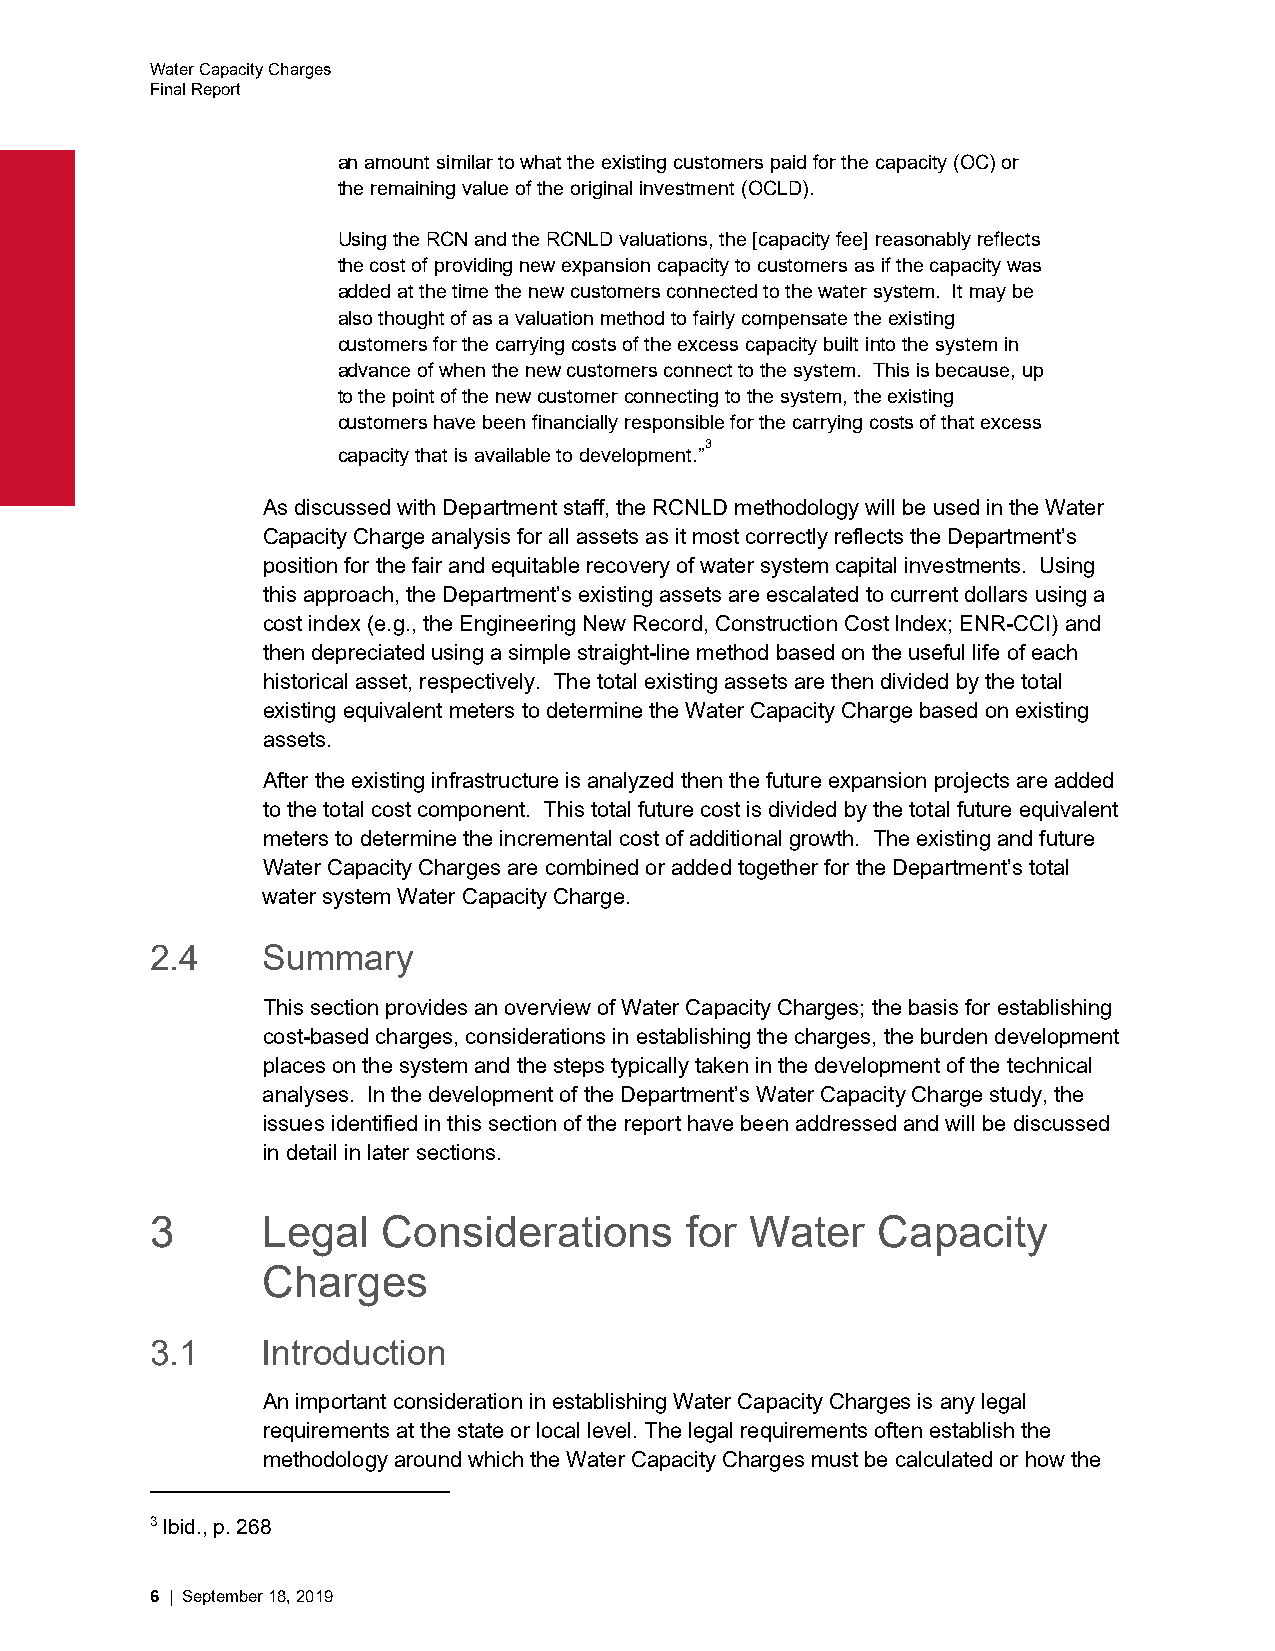
Water Capacity Charges
 Final Report
 an amount similar to what the existing customers paid for the capacity (OC) or
 the remaining value of the original investment (OCLD).
 Using the RCN and the RCNLD valuations, the [capacity fee] reasonably reflects
 the cost of providing new expansion capacity to customers as if the capacity was
 added at the time the new customers connected to the water system. It may be
 also thought of as a valuation method to fairly compensate the existing
 customers for the carrying costs of the excess capacity built into the system in
 advance of when the new customers connect to the system. This is because, up
 to the point of the new customer connecting to the system, the existing
 customers have been financially responsible for the carrying costs of that excess
 3
 capacity that is available to development.”
 As discussed with Department staff, the RCNLD methodology will be used in the Water
 Capacity Charge analysis for all assets as it most correctly reflects the Department’s
 position for the fair and equitable recovery of water system capital investments. Using
 this approach, the Department’s existing assets are escalated to current dollars using a
 cost index (e.g., the Engineering New Record, Construction Cost Index; ENR-CCI) and
 then depreciated using a simple straight-line method based on the useful life of each
 historical asset, respectively. The total existing assets are then divided by the total
 existing equivalent meters to determine the Water Capacity Charge based on existing
 assets.
 After the existing infrastructure is analyzed then the future expansion projects are added
 to the total cost component. This total future cost is divided by the total future equivalent
 meters to determine the incremental cost of additional growth. The existing and future
 Water Capacity Charges are combined or added together for the Department’s total
 water system Water Capacity Charge.
 2.4    Summary
 This section provides an overview of Water Capacity Charges; the basis for establishing
 cost-based charges, considerations in establishing the charges, the burden development
 places on the system and the steps typically taken in the development of the technical
 analyses. In the development of the Department’s Water Capacity Charge study, the
 issues identified in this section of the report have been addressed and will be discussed
 in detail in later sections.
 3      Legal   Considerations      for  Water   Capacity
 Charges
 3.1    Introduction
 An important consideration in establishing Water Capacity Charges is any legal
 requirements at the state or local level. The legal requirements often establish the
 methodology around which the Water Capacity Charges must be calculated or how the
 3 Ibid., p. 268
 6 | September 18, 2019